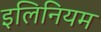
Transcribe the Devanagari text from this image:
इलिनियम